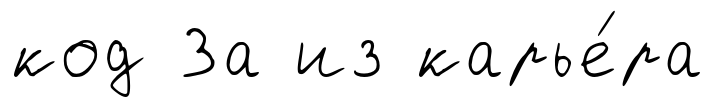
код За из карье́ра